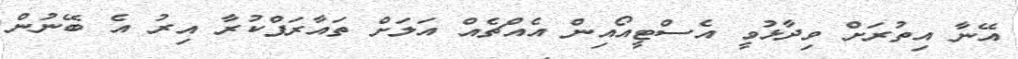
އޭނާ އިތުރަށް ވިދާޅުވީ އެސްޓީއޯއިން އެއްޗެއް އަލަށް ތައާރަފްކުރާ އިރު އެ ބޭނުން